Subject: stat
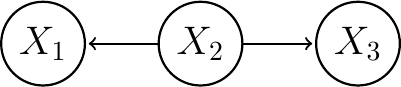
LaTeX code:
\begin{tikzpicture}[->,shorten >=1pt,auto,node distance=2cm, thick,main node/.style={circle,draw,font=\sffamily\Large\bfseries}]

 \node[main node] (X2) {$X_2$}; \node[main node] (X3) [right of=X2] {$X_3$};\node[main node] (X1) [left of=X2] {$X_1$};

\path (X2) edge (X1);
\path (X2) edge (X3);

\end{tikzpicture}